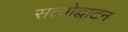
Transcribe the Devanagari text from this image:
सत्योद्घाटन